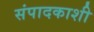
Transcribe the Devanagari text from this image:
संपादकाशी